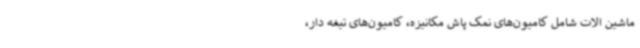
ماشین الات شامل کامیون‌های نمک پاش مکانیزه، کامیون‌های تیغه دار،